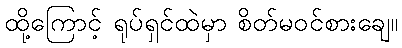
ထို့ကြောင့် ရုပ်ရှင်ထဲမှာ စိတ်မဝင်စားချေ။